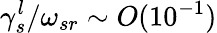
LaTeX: \gamma_{s}^{l}/\omega_{sr}\sim O(10^{-1})